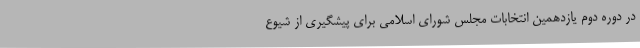
در دوره دوم یازدهمین انتخابات مجلس شورای اسلامی برای پیشگیری از شیوع